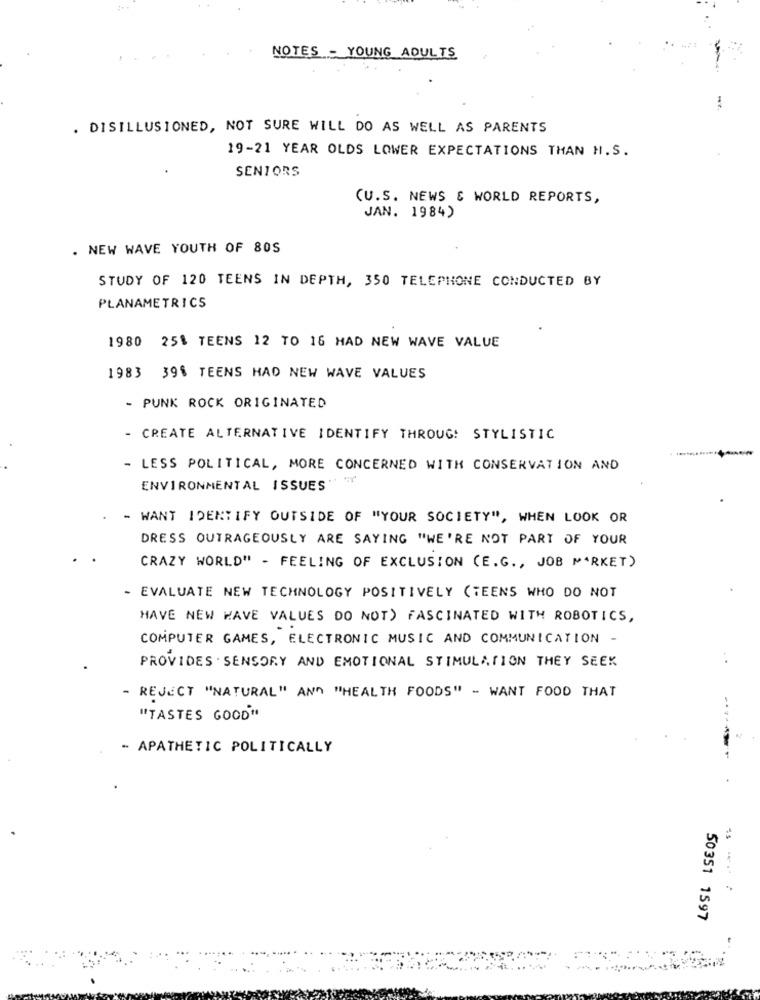
NOTES - YOUNG ADULTS
. DISILLUSIONED, NOT SURE WILL DO AS WELL AS PARENTS
19-21 YEAR OLDS LOWER EXPECTATIONS THAN H.S.
SENIORS
CU.S. NEWS & WORLD REPORTS,
JAN. 1984)
. NEW WAVE YOUTH OF 80S
STUDY OF 120 TEENS IN DEPTH, 350 TELEPHONE CONDUCTED BY
PLANAMETRICS
1980 25% TEENS 12 TO 16 HAD NEW WAVE VALUE
1983 39% TEENS HAD NEW WAVE VALUES
- PUNK ROCK ORIGINATED
- CREATE ALTERNATIVE IDENTIFY THROUG! STYLISTIC
- LESS POLITICAL, MORE CONCERNED WITH CONSERVATION AND
ENVIRONMENTAL ISSUES" "Y
- WANT IDENTIFY OUTSIDE OF "YOUR SOCIETY", WHEN LOOK OR
DRESS OUTRAGEOUSLY ARE SAYING "WE'RE NOT PART OF YOUR
CRAZY WORLD" - FEELING OF EXCLUSION (E.G ., JOB MARKET)
- EVALUATE NEW TECHNOLOGY POSITIVELY (TEENS WHO DO NOT
HAVE NEW WAVE VALUES DO NOT) FASCINATED WITH ROBOTICS,
COMPUTER GAMES, ELECTRONIC MUSIC AND COMMUNICATION -
PROVIDES SENSORY AND EMOTIONAL STIMULATION THEY SEEK
- REJECT "NATURAL" AND "HEALTH FOODS" - WANT FOOD THAT
..
"TASTES GOOD"
- APATHETIC POLITICALLY
---
50351 1597